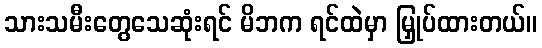
သားသမီးတွေသေဆုံးရင် မိဘက ရင်ထဲမှာ မြှုပ်ထားတယ်။